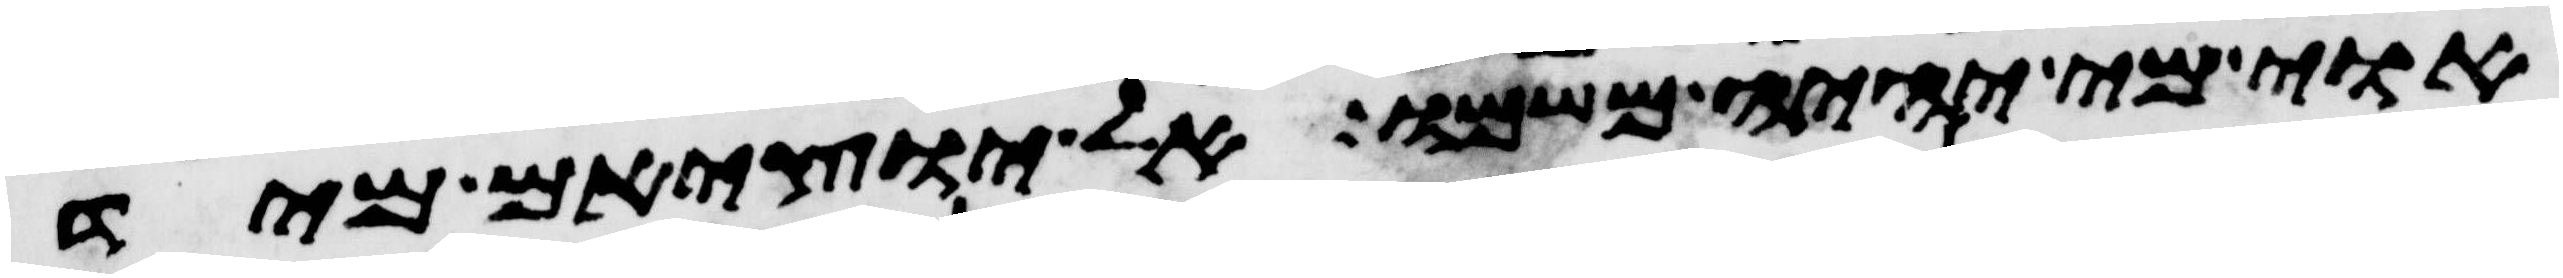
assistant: אוי מי יהיה משמו אל יוציאם מיד